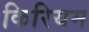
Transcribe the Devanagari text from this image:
किरियम